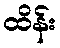
ထိန်း